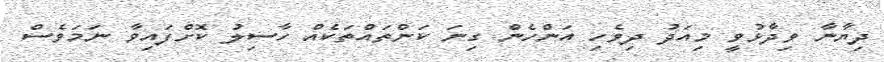
ދިޔާނާ ވިދާޅުވީ މިއަދު ދިވެހި އަންހެން ގިނަ ކަންތައްތަކެއް ހާސިލު ކޮށްފައިވާ ނަމަވެސް